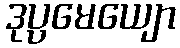
ဒုပ္ပမေယျော